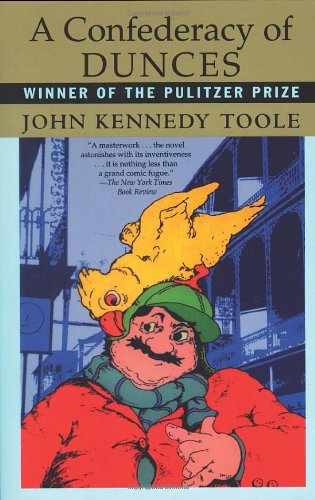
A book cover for A Confederacy of Dunces; John Kennedy Toole; Literature & Fiction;